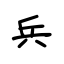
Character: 兵